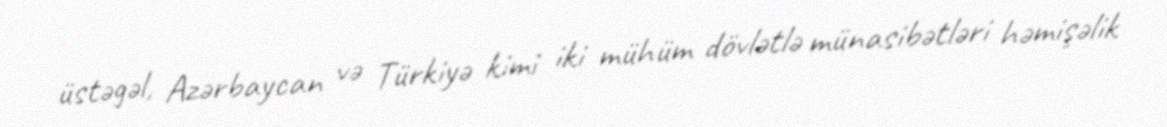
üstəgəl, Azərbaycan və Türkiyə kimi iki mühüm dövlətlə münasibətləri həmişəlik